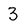
Character: 3